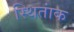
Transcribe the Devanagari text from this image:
स्थितांक